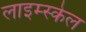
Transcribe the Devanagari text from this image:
लाइम्स्केल